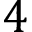
4